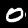
Digit: 0